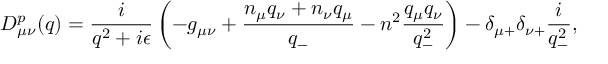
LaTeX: D _ { { \mu } { \nu } } ^ { p } ( q ) = \frac { i } { q ^ { 2 } + i { \epsilon } } \left( - g _ { { \mu } { \nu } } + \frac { n _ { \mu } q _ { \nu } + n _ { \nu } q _ { \mu } } { q _ { - } } - n ^ { 2 } \frac { q _ { \mu } q _ { \nu } } { q _ { - } ^ { 2 } } \right) - { \delta } _ { { \mu } + } { \delta } _ { { \nu } + } \frac { i } { q _ { - } ^ { 2 } } ,